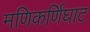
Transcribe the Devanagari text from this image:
मणिकर्णिघाट